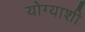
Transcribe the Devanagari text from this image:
योग्याशी